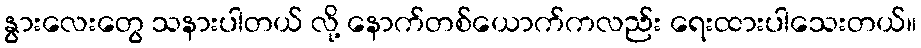
နွားလေးတွေ သနားပါတယ် လို့ နောက်တစ်ယောက်ကလည်း ရေးထားပါသေးတယ်။